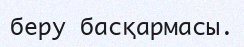
беру басқармасы.